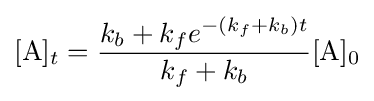
[{\mathrm {A} }]_{t}={\frac {k_{b}+k_{f}e^{-\left(k_{f}+k_{b}\right)t}}{k_{f}+k_{b}}}[{\mathrm {A} }]_{0}